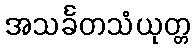
အသင်္ခတသံယုတ္တ